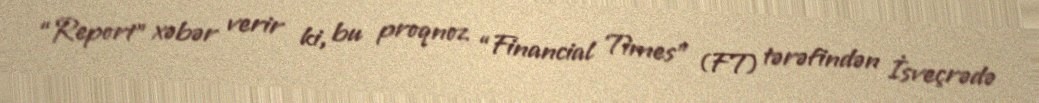
“Report” xəbər verir ki, bu proqnoz “Financial Times” (FT) tərəfindən İsveçrədə